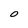
Character: 0